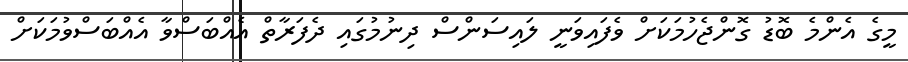
މީގެ އެންމެ ބޮޑު ގޮންޖެހުމަކަށް ވެފައިވަނީ ލައިސަންސް ދިނުމުގައި ދެފަރާތް އެއްބަސްވާ އެއްބަސްވުމަކަށް